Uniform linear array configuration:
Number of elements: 8
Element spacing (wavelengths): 0.25
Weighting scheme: uniform
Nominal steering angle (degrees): -15
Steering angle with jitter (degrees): -13.959
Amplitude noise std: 0.05
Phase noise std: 0.05

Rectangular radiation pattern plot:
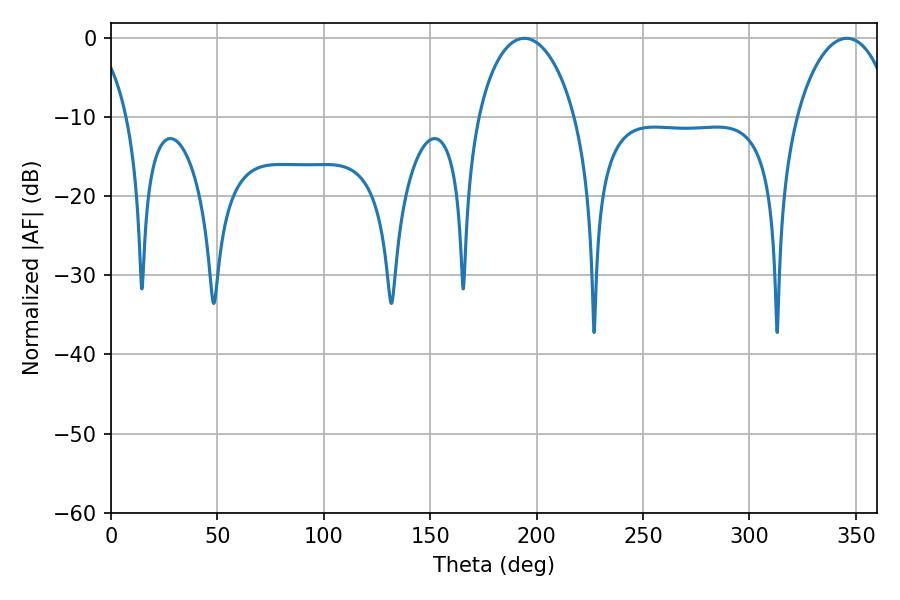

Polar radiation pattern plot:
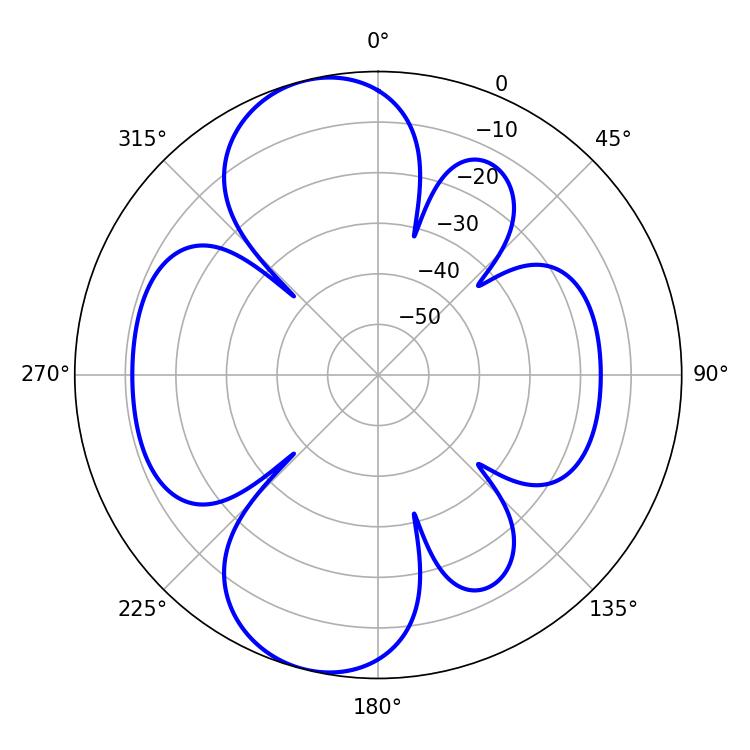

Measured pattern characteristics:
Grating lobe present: FALSE
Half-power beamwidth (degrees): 26.28
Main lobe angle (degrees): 194.22